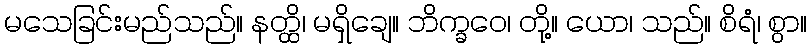
မသေခြင်းမည်သည်။ နတ္ထိ၊ မရှိချေ။ ဘိက္ခဝေ၊ တို့။ ယော၊ သည်။ စိရံ၊ စွာ။